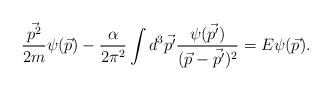
LaTeX: \begin{align*}\frac{\vec{p^2}}{2m}\psi(\vec{p})-\frac{\alpha}{2\pi^2}\int d^3\vec{p'}\frac{\psi(\vec{p'})}{(\vec{p}-\vec{p'})^2} = E\psi(\vec{p}).\end{align*}